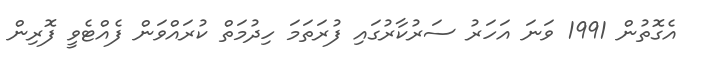
އެގޮތުން 1991 ވަނަ އަހަރު ސަރުކާރުގައި ފުރަތަމަ ހިދުމަތް ކުރައްވަން ފެއްޓެވީ ފޮރިން